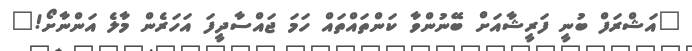
"އަޝްރަފް ބުނީ ފަރީޝާއަށް ބޭނުންވާ ކަންތައްތައް ހަމަ ޖައްސާދީފަ އަހަރެން މާލެ އަންނާށޯ!"